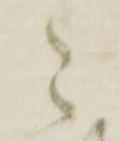
々